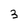
Character: 3